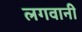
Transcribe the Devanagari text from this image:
लगवानी